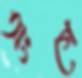
অংগে